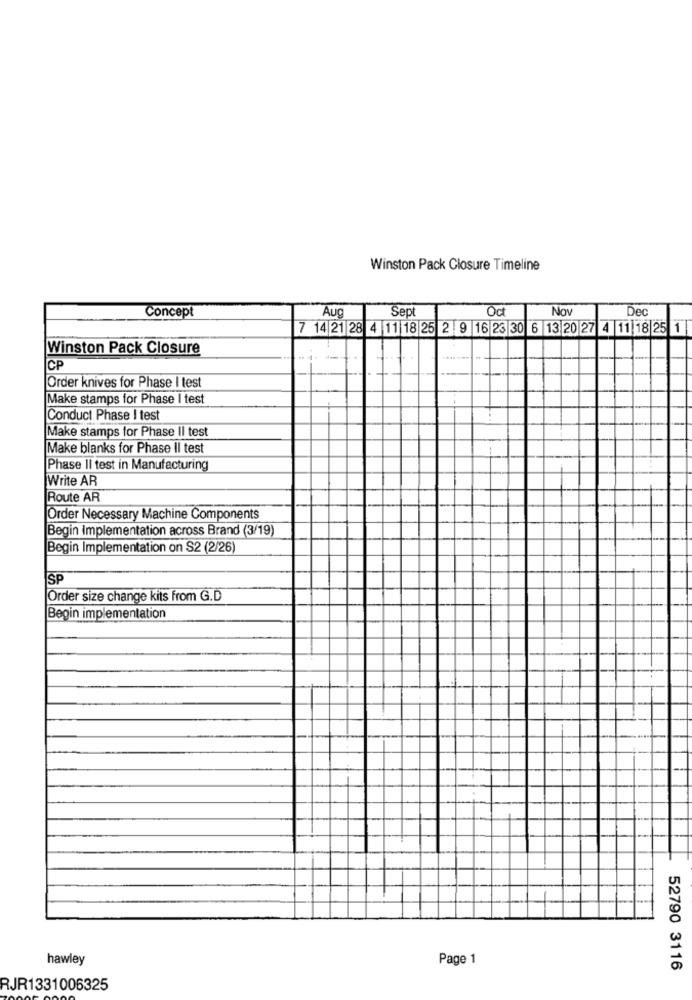
Winston Pack Closure Timeline
Concept
Aug
Sept
Oct
Now
Dec
7 14 21 28 4 11 18 25 2 9 16 23 30 6 13 20 27 4 11 18 25 11
Winston Pack Closure
CP
Order knives for Phase I test
Make stamps for Phase I test
Conduct Phase I test
Make stamps for Phase II test
Make blanks for Phase Il test
Phase II test in Manufacturing
Write AR
Route AR
Order Necessary Machine Components
Begin Implementation across Brand (3/19)
Begin Implementation on S2 (2/26)
SP
Order size change kits from G.D
Begin implementation
hawley
Page 1
52790 3116
RJR1331006325